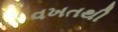
વખતથી